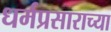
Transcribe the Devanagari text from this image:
धर्मप्रसाराच्या